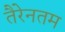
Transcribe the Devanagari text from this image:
तैरेनतम